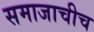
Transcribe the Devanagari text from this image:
समाजाचीच